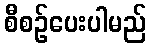
စီစဉ်ပေးပါမည်